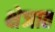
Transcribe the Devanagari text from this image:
क्षेञात